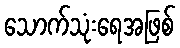
သောက်သုံးရေအဖြစ်